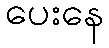
ပေးနေ